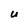
Character: U